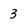
Character: 3